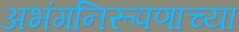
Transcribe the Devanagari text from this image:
अभंगनिरूपणाच्या